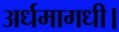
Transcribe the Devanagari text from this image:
अर्धमागधी।